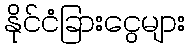
နိုင်ငံခြားငွေများ